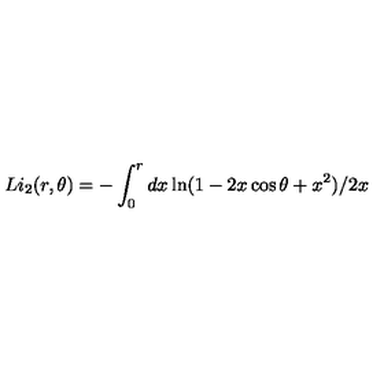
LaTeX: L i _ { 2 } ( r , \theta ) = - \int _ { 0 } ^ { r } d x \ln ( 1 - 2 x \cos \theta + x ^ { 2 } ) / 2 x